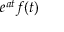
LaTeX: e ^ { a t } f ( t )